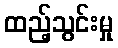
ထည့်သွင်းမှု